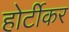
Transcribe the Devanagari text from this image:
होर्टीकर